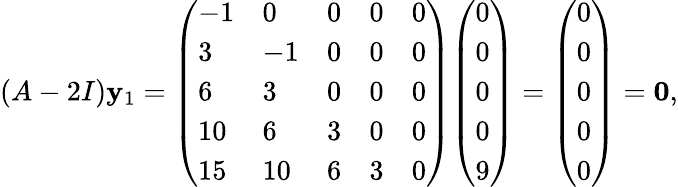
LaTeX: (A-2I)\mathbf{y}_{1}={\left(\begin{array}{lllll}{-1}&{0}&{0}&{0}&{0}\\ {3}&{-1}&{0}&{0}&{0}\\ {6}&{3}&{0}&{0}&{0}\\ {10}&{6}&{3}&{0}&{0}\\ {15}&{10}&{6}&{3}&{0}\end{array}\right)}{\left(\begin{array}{l}{0}\\ {0}\\ {0}\\ {0}\\ {9}\end{array}\right)}={\left(\begin{array}{l}{0}\\ {0}\\ {0}\\ {0}\\ {0}\end{array}\right)}=\mathbf{0},